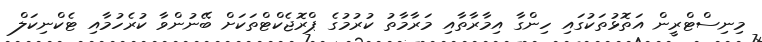
މިނިސްޓްރީން އަތޮޅުތަކުގައި ހިންގާ އިމާރާތާއި މަރާމާތު ކުރުމުގެ ޕްރޮޖެކްޓްތަކަށް ބޭނުންވާ ކުރެހުމާއި ޓެކްނިކަލް